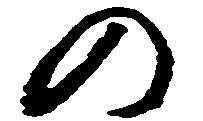
の